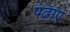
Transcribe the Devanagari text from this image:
पढाए